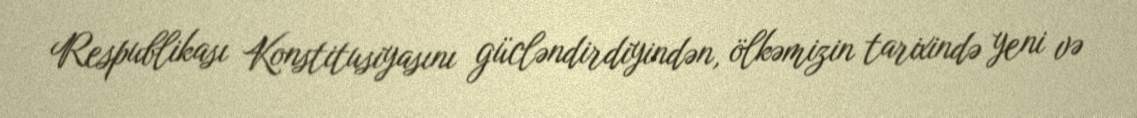
Respublikası Konstitusiyasını gücləndirdiyindən, ölkəmizin tarixində yeni və